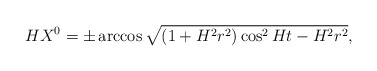
\begin{align*}HX^0=\pm\arccos\sqrt{(1+H^2r^2)\cos^2Ht-H^2r^2},\end{align*}